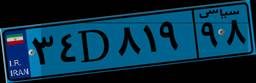
۳۴D۸۱۹۹۸